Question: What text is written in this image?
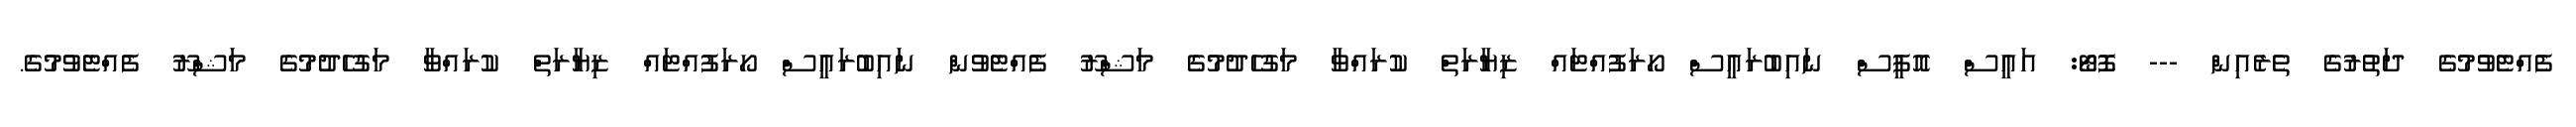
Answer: ފެއްޓެވުމުގެ ދަތުރުގެ ތެރެއިން --- ފޮޓޯ: އައީސް އޮފީސް ނައިބުރައީސް ހޯރަފުއްޓައް ޒިޔާރަތް ކުރައްވާ މަގުހެދުމުގެ މަޝްރޫ ފެއްޓެވުން ނައިބުރައީސް ހޯރަފުއްޓައް ޒިޔާރަތް ކުރައްވާ މަގުހެދުމުގެ މަޝްރޫ ފެއްޓެވުމުގެ.